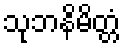
သုဘနိမိတ္တံ